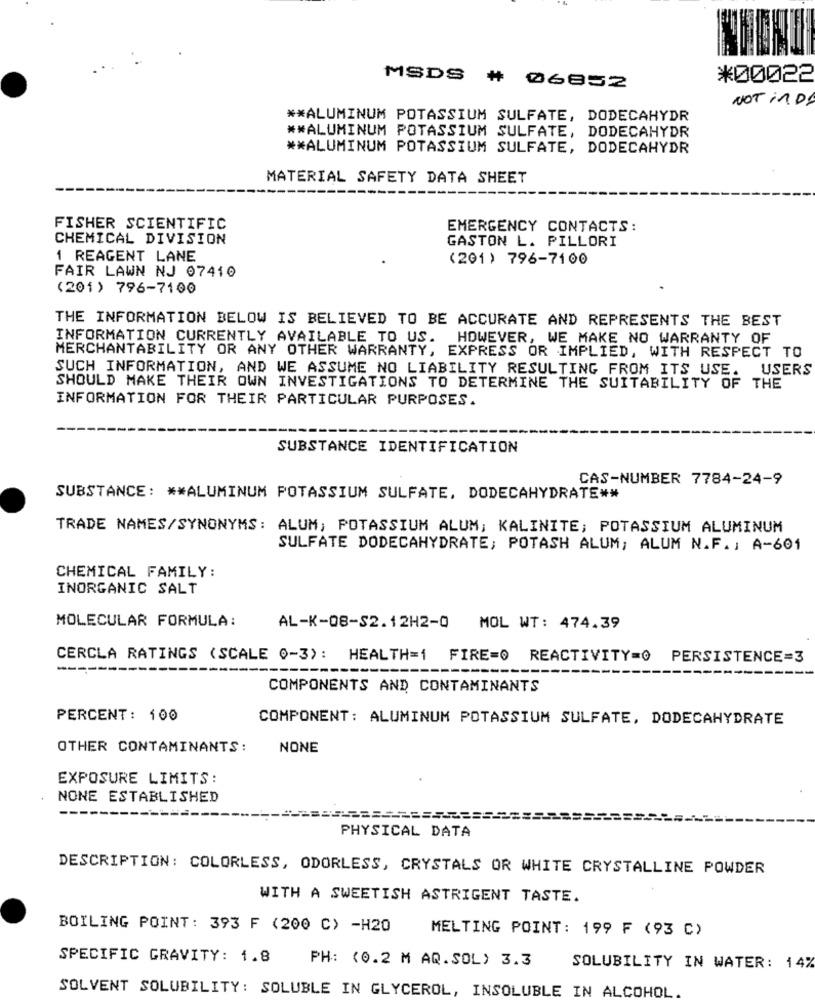
*00022
MSDS # 06852
NOT in D!
** ALUMINUM POTASSIUM SULFATE, DODECAHYDR
##ALUMINUM POTASSIUM SULFATE, DODECAHYDR
** ALUMINUM POTASSIUM SULFATE, DODECAHYDR
MATERIAL SAFETY DATA SHEET
FISHER SCIENTIFIC
EMERGENCY CONTACTS:
CHEMICAL DIVISION
GASTON L. PILLORI
1 REAGENT LANE
(201) 796-7100
FAIR LAWN NJ 07410
(201) 796-7100
THE INFORMATION BELOW IS BELIEVED TO BE ACCURATE AND REPRESENTS THE BEST
INFORMATION CURRENTLY AVAILABLE TO US. HOWEVER, WE MAKE NO WARRANTY OF
MERCHANTABILITY OR ANY OTHER WARRANTY, EXPRESS OR IMPLIED, WITH RESPECT TO
SUCH INFORMATION, AND WE ASSUME NO LIABILITY RESULTING FROM ITS USE. USERS
SHOULD MAKE THEIR OWN INVESTIGATIONS TO DETERMINE THE SUITABILITY OF THE
INFORMATION FOR THEIR PARTICULAR PURPOSES.
SUBSTANCE IDENTIFICATION
CAS-NUMBER 7784-24-9
SUBSTANCE: ** ALUMINUM POTASSIUM SULFATE, DODECAHYDRATE **
TRADE NAMES/SYNONYMS: ALUM, POTASSIUM ALUM; KALINITE; POTASSIUM ALUMINUM
SULFATE DODECAHYDRATE, POTASH ALUM; ALUM N.F. : A-601
CHEMICAL FAMILY:
INORGANIC SALT
MOLECULAR FORMULA:
AL-K-08-S2.12H2-0
MOL WT: 474.39
CERCLA RATINGS (SCALE 0-3): HEALTH=1 FIRE=0 REACTIVITY=0 PERSISTENCE=3
-----
-------
COMPONENTS AND CONTAMINANTS
PERCENT: 100
COMPONENT: ALUMINUM POTASSIUM SULFATE, DODECAHYDRATE
OTHER CONTAMINANTS:
NONE
EXPOSURE LIMITS:
NONE ESTABLISHED
PHYSICAL DATA
DESCRIPTION: COLORLESS, ODORLESS, CRYSTALS OR WHITE CRYSTALLINE POWDER
WITH A SWEETISH ASTRIGENT TASTE.
BOILING POINT: 393 F (200 C) -H20
MELTING POINT: 199 F (93 C)
SPECIFIC GRAVITY: 1.8
PH: (0.2 M AQ. SOL) 3.3
SOLUBILITY IN WATER: 14%
SOLVENT SOLUBILITY: SOLUBLE IN GLYCEROL, INSOLUBLE IN ALCOHOL